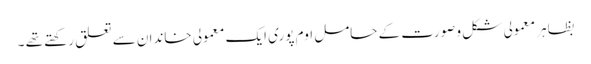
بظاہر معمولی شکل و صورت کے حامل اوم پوری ایک معمولی خاندان سے تعلق رکھتے تھے ۔